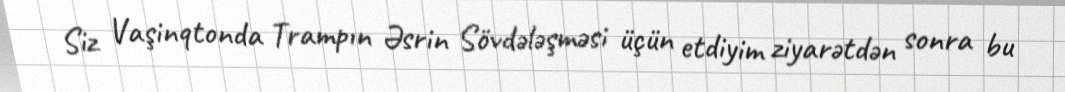
Siz Vaşinqtonda Trampın Əsrin Sövdələşməsi üçün etdiyim ziyarətdən sonra bu